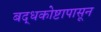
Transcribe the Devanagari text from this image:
बद्धकोष्टापासून